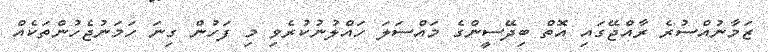
ޒަމާނުއްސުރެ ރާއްޖޭގައި އޮތް ބިދޭސީންގެ މައްސަލަ ހައްލުނުކުރެވި މި ފަހުން ގިނަ ހަމަނުޖެހުންތަކެއް